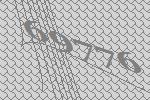
69776